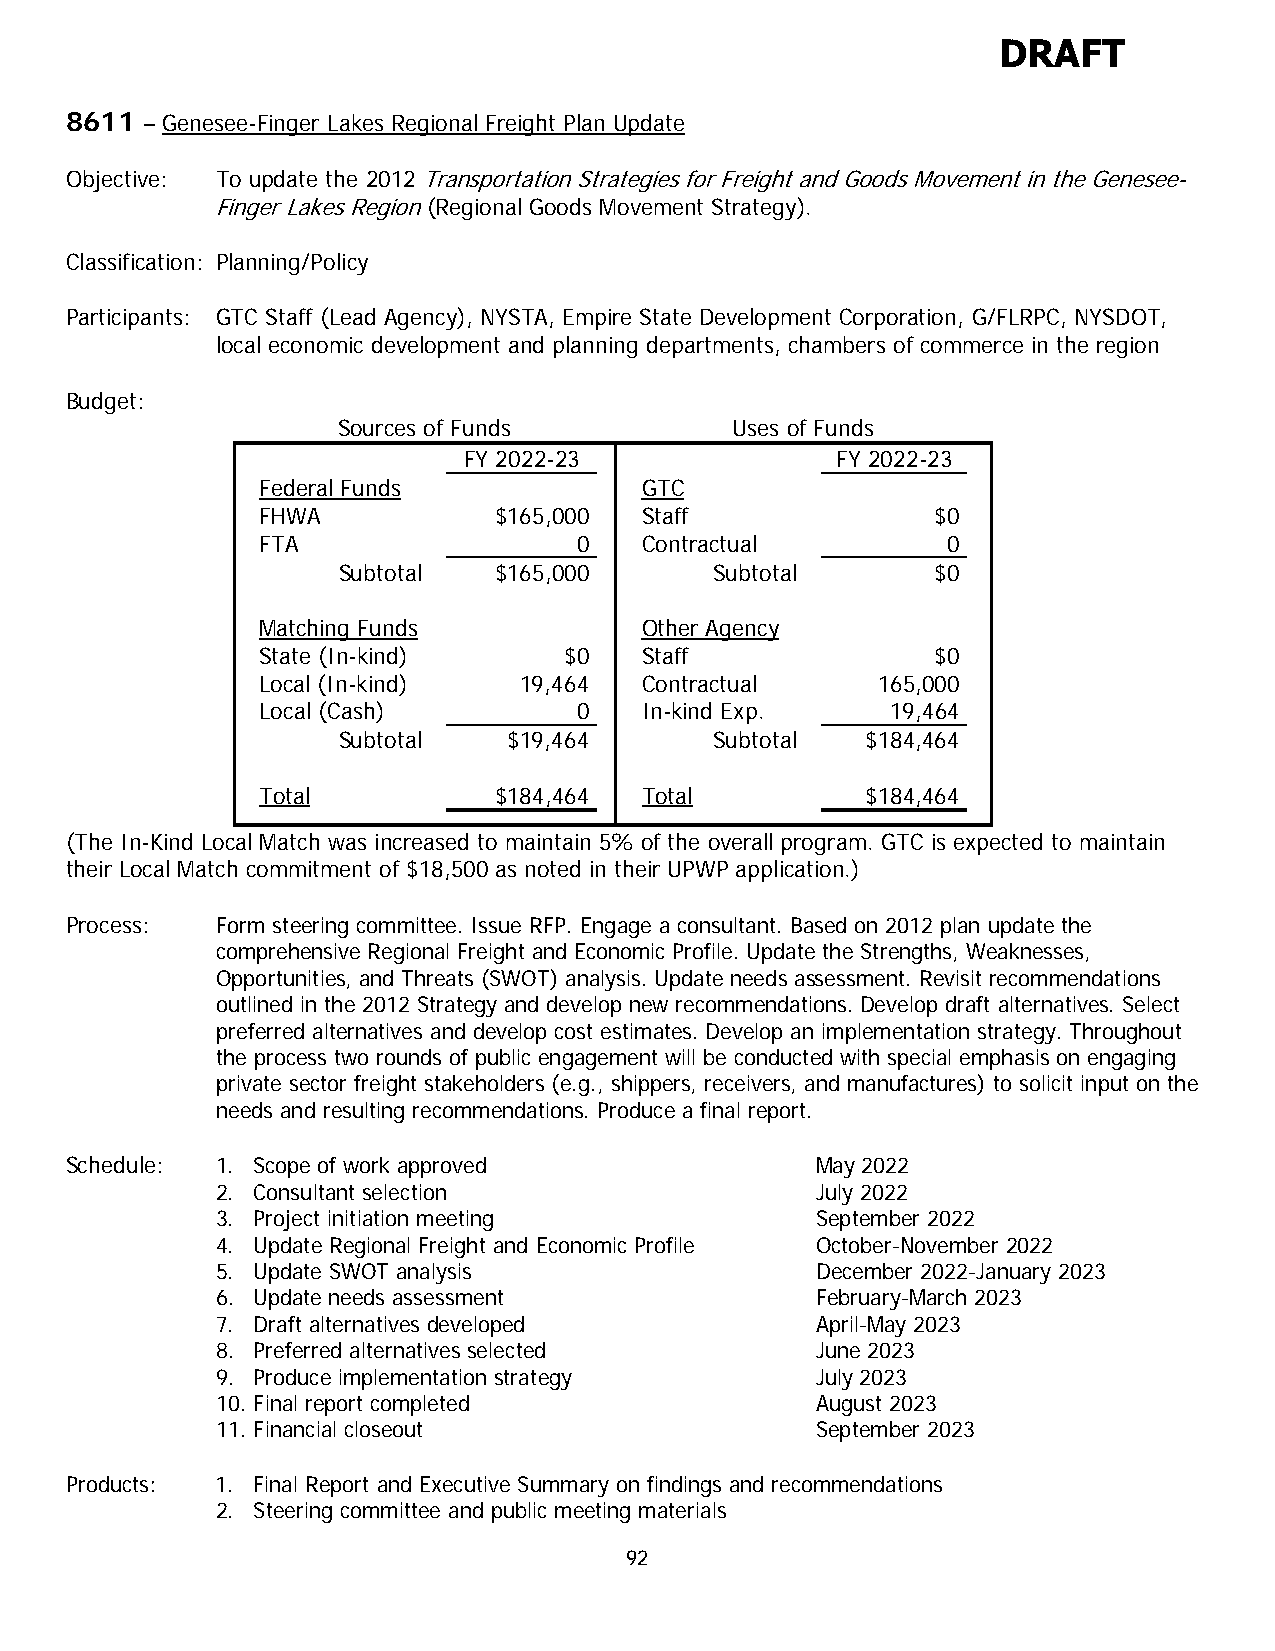
DRAFT
 8611 – Genesee-Finger Lakes Regional Freight Plan Update
 Objective: To update the 2012 Transportation Strategies for Freight and Goods Movement in the Genesee-
 Finger Lakes Region (Regional Goods Movement Strategy).
 Classification: Planning/Policy
 Participants: GTC Staff (Lead Agency), NYSTA, Empire State Development Corporation, G/FLRPC, NYSDOT,
 local economic development and planning departments, chambers of commerce in the region
 Budget:
 Sources of Funds          Uses of Funds
 FY 2022-23              FY 2022-23
 Federal Funds            GTC
 FHWA            $165,000 Staff               $0
 FTA                  0   Contractual          0
 Subtotal   $165,000      Subtotal       $0
 Matching Funds           Other Agency
 State (In-kind)     $0   Staff               $0
 Local (In-kind)  19,464  Contractual     165,000
 Local (Cash)         0   In-kind Exp.     19,464
 Subtotal    $19,464      Subtotal  $184,464
 Total           $184,464 Total          $184,464
 (The In-Kind Local Match was increased to maintain 5% of the overall program. GTC is expected to maintain
 their Local Match commitment of $18,500 as noted in their UPWP application.)
 Process:  Form steering committee. Issue RFP. Engage a consultant. Based on 2012 plan update the
 comprehensive Regional Freight and Economic Profile. Update the Strengths, Weaknesses,
 Opportunities, and Threats (SWOT) analysis. Update needs assessment. Revisit recommendations
 outlined in the 2012 Strategy and develop new recommendations. Develop draft alternatives. Select
 preferred alternatives and develop cost estimates. Develop an implementation strategy. Throughout
 the process two rounds of public engagement will be conducted with special emphasis on engaging
 private sector freight stakeholders (e.g., shippers, receivers, and manufactures) to solicit input on the
 needs and resulting recommendations. Produce a final report.
 Schedule: 1. Scope of work approved               May 2022
 2. Consultant selection                 July 2022
 3. Project initiation meeting           September 2022
 4. Update Regional Freight and Economic Profile October-November 2022
 5. Update SWOT analysis                 December 2022-January 2023
 6. Update needs assessment              February-March 2023
 7. Draft alternatives developed         April-May 2023
 8. Preferred alternatives selected      June 2023
 9. Produce implementation strategy      July 2023
 10. Final report completed              August 2023
 11. Financial closeout                  September 2023
 Products: 1. Final Report and Executive Summary on findings and recommendations
 2. Steering committee and public meeting materials
 92